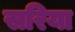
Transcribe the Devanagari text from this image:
सरिया